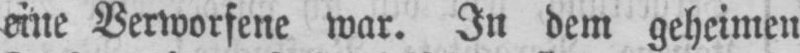
eine Verworfene war. In dem geheimen